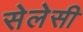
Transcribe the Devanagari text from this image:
सेलेसी